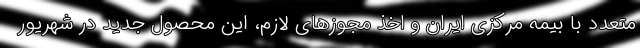
متعدد با بیمه مرکزی ایران و اخذ مجوزهای لازم، این محصول جدید در شهریور